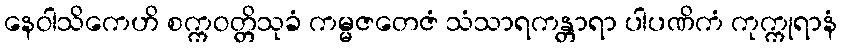
နေဝါသိကေဟိ စက္ကဝတ္တိသုခံ ကမ္မဇတေဇံ သံသာရကန္တာရာ ပါပဏိကံ ကုက္ကုရာနံ